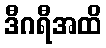
ဒီဂရီအထိ